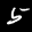
Label: 5